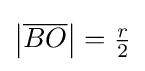
\left|{\overline {BO}}\right|={\tfrac {r}{2}}